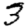
Digit: 3